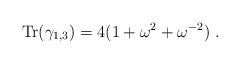
LaTeX: \begin{align*}{\mbox{Tr}}(\gamma_{1,3})=4(1+\omega^2+\omega^{-2})~.\end{align*}